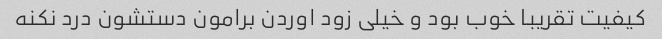
کیفیت تقریبا خوب بود و خیلی زود اوردن برامون دستشون درد نکنه